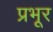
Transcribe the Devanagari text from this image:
प्रभूर